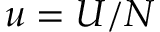
u = U / N